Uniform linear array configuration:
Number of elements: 32
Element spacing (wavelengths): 1
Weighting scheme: kaiser
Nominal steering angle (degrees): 0
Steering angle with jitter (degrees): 1.09
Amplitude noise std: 0.05
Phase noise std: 0.05

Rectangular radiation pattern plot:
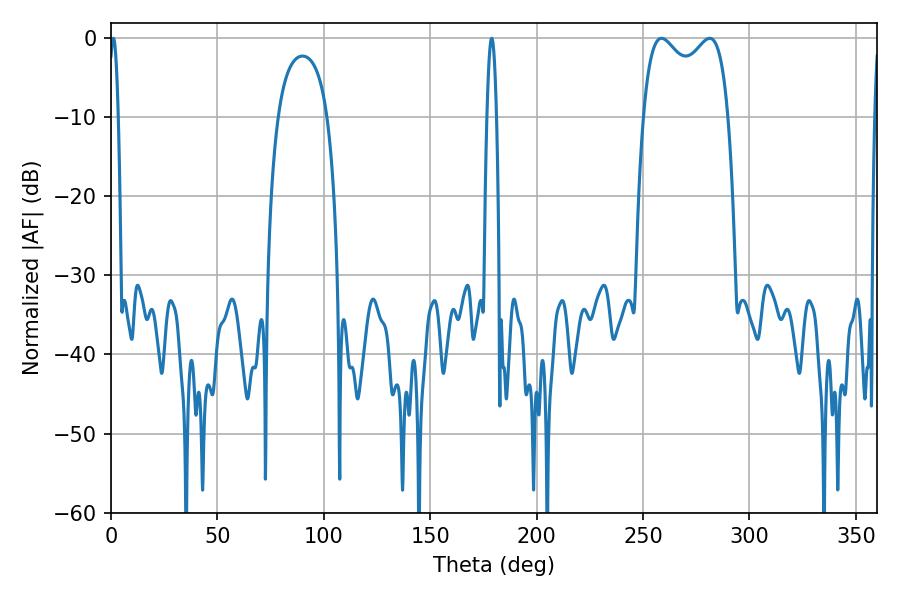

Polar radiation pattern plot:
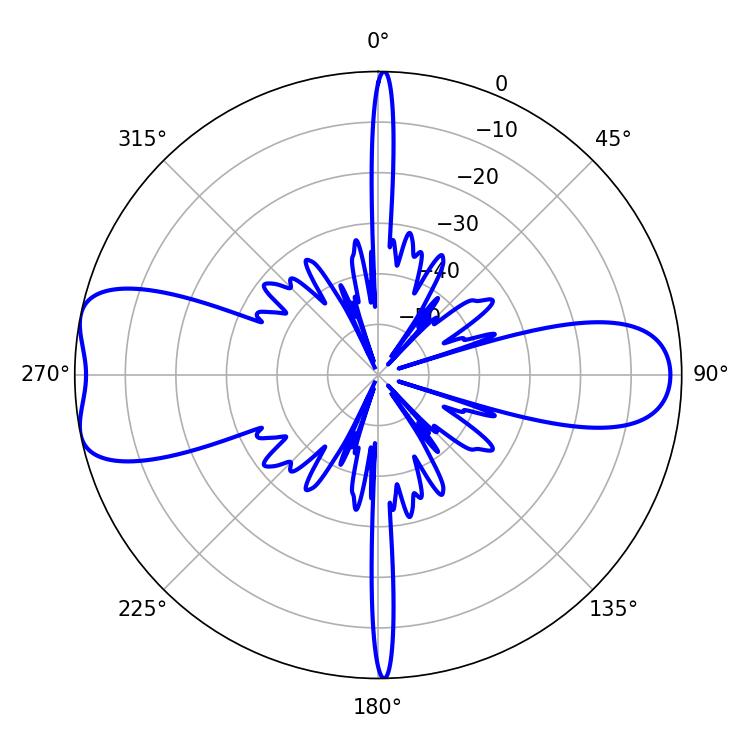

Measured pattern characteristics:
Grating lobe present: TRUE
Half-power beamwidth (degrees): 33.12
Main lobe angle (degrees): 258.66